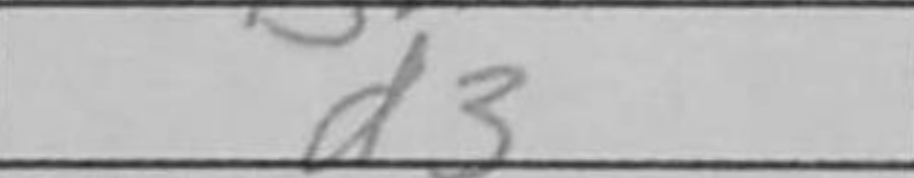
Transcription: d3